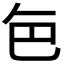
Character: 𮎜